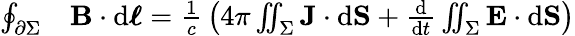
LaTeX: {\begin{array}{rl}{\oint_{\partial\Sigma}}&{\mathbf{B}\cdot\mathrm{d}{\boldsymbol{\ell}}={\frac{1}{c}}\left(4\pi\iint_{\Sigma}\mathbf{J}\cdot\mathrm{d}\mathbf{S}+{\frac{\mathrel{\mathrm{d}}}{\mathrm{d}t}}\iint_{\Sigma}\mathbf{E}\cdot\mathrm{d}\mathbf{S}\right)}\end{array}}